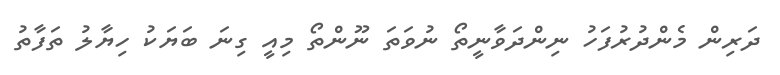
ދަރިން މެންދުރުފަހު ނިންދަވާނީތޯ ނުވަތަ ނޫންތޯ މިއީ ގިނަ ބަޔަކު ހިޔާލު ތަފާތު